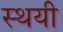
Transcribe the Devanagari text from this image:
स्थयी